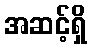
အဆင့်ရှိ